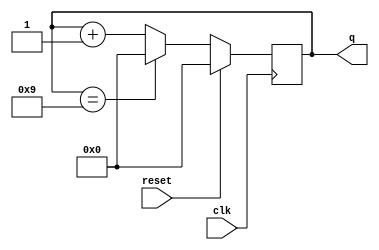
module top_module (
    input clk,
    input reset,        // Synchronous active-high reset
    output [3:0] q);
    
    always @(posedge clk)  begin
        if(reset)
            q <= 4'b0000;
        else  begin
            if(q == 4'b1001)
                q <= 4'b0000;
            else
                q <= q+1;
        end
    end

endmodule